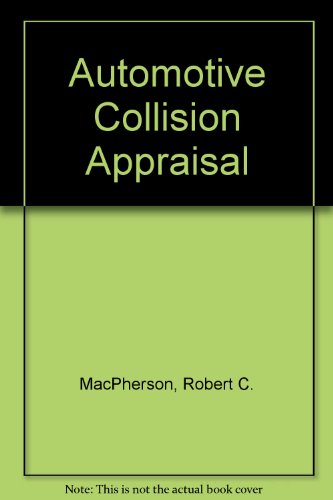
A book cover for Automotive Collision Appraisal; Robert C. MacPherson; Engineering & Transportation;